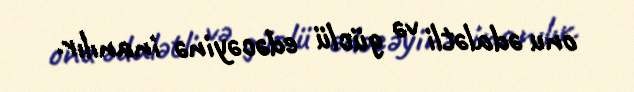
onu ədalətli və güclü edəcəyinə inanılır.